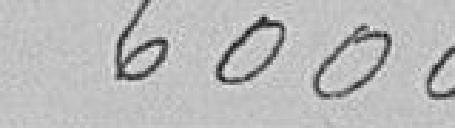
6000